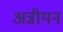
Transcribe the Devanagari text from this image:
अन्नीयन